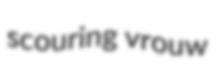
scouring vrouw